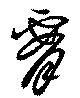
腰